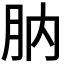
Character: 䶺